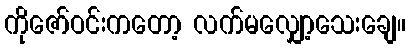
ကိုဇော်ဝင်းကတော့ လက်မလျှော့သေးချေ။